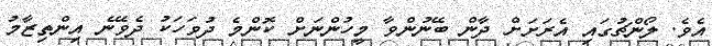
އެވެ. ލޯންޗުގައި އެރަށަށް ދާން ބޭނުންވާ މީހުންނަށް ކޮންމެ ދުވަހަކު ދެވޭނެ އިންތިޒާމު